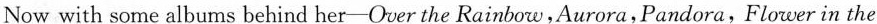
Now with some albums behind her——Over the Rainbow,Aurora, Pandora, Flower in the